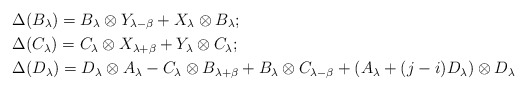
\begin{align*}&\Delta(B_\lambda)=B_\lambda\otimes Y_{\lambda-\beta}+X_\lambda\otimes B_{\lambda};\cr &\Delta(C_\lambda)=C_\lambda\otimes X_{\lambda+\beta}+Y_\lambda\otimes C_{\lambda};\cr &\Delta(D_\lambda)=D_\lambda\otimes A_\lambda-C_\lambda\otimes B_{\lambda+\beta}+B_\lambda\otimes C_{\lambda-\beta}+(A_\lambda+(j-i)D_\lambda)\otimes D_\lambda \end{align*}